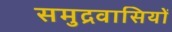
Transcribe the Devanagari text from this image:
समुद्रवासियों